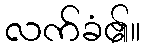
လက်ခံ၏။